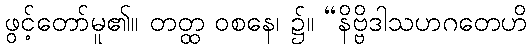
ဖွင့်တော်မူ၏။ တတ္ထ ဝစနေ၊ ၌။ “နိဗ္ဗိဒါသဟဂတေဟိ